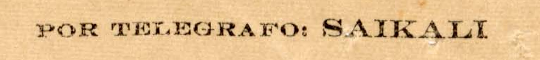
POR TELEGRAFO: SAIKALI